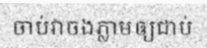
ចាប់វាចងភ្លាមឲ្យជាប់